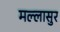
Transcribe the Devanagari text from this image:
मल्लासुर